Punjab Mental Hospital Lahore 1932-46 - 1932-1946
Year: 1932
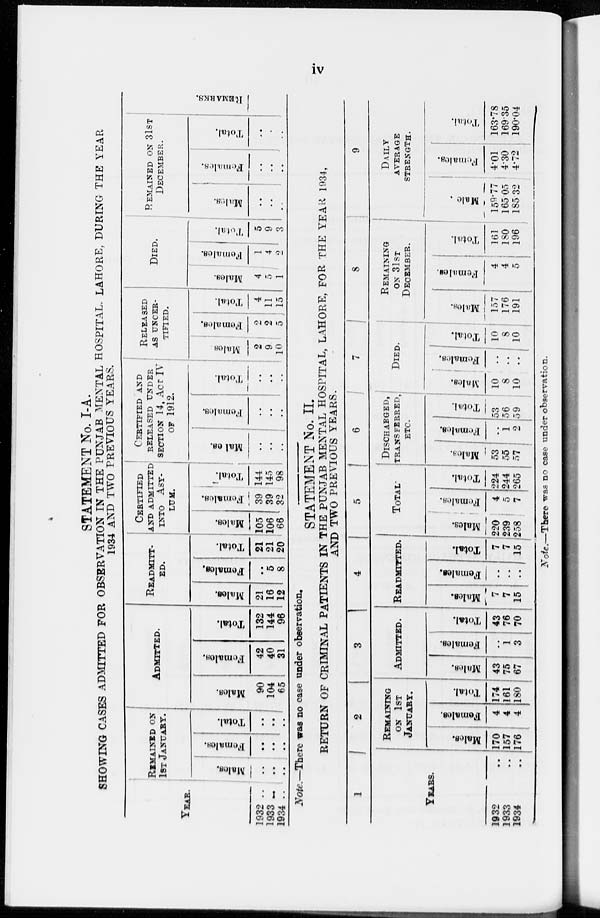
iv
STATEMENT No. I-A.
SHOWING CASES ADMITTED FOR OBSERVATION IN THE PUNJAB MENTAL HOSPITAL. LAHORE. DURING THE YEAR
1934 AND TWO PREVIOUS YEARS.
YEAR.
1932 ..
1933 ..
1934 ..
REMAINED ON
1ST JANUARY.
Males.
..
..
..
Females.
..
..
..
Total.
..
..
..
ADMITTED.
Males.
90
104
65
Females.
42
40
31
Total.
132
144
96
READMITTED-
--.
Males.
21
16
12
Females.
..
5
8
Total.
21
21
20
CERTIFIED
AND ADMITTED
INTO ASY-
LUM.
Males.
105
106
66
Females.
39
39
32
Total.
144
145
98
CERTIFIED AND
RELEASED UNDER
SECTION 14, ACR IV
OF 1912.
Males.
..
..
..
Females.
..
..
..
Total.
..
..
..
RELEASED
AS UNCER-
TIFIED.
Males.
2
9
10
Females.
2
2
5
Total.
4
11
15
DIED.
Males.
4
5
1
Females.
1
4
2
Total.
5
9
3
REMAINED ON 31ST
DECEMBER.
Males.
..
..
..
Females.
..
..
..
Total.
..
..
..
REMARKS.
Note.—There was no case under observation*
STATEMENT No. II.
RETURN OF CRIMINAL PATIENTS IN THE PUNJAB MENTAL HOSPITAL, LAHORE, FOR THE YEAH 1934,
AND TWO PREVIOUS YEARS.
1
YEARS.
1932 ..
1933 ..
1934 ..
2
REMAINING
ON 1ST
JANUARY.
Males.
170
157
176
Females.
4
4
4
Total.
174
161
180
3
ADMITTED.
Males.
43
75
67
Femal es .
..
1
3
Tot al .
43
76
70
4
READMITTED.
Males.
7
7
15
Females.
..
..
..
Total.
7
7
15
5
TOTAL.
Males.
220
239
258
Femal es .
4
5
7
Tot al .
224
244
265
6
DISCHARGED,
TRANSFERRED
ETC.
Mal es .
53
55
57
Femal es .
..
1
2
Tot al .
53
56
59
7
DIED.
Males.
10
8
10
Females.
..
..
..
Total.
10
8
10
8
REMAINING
ON 31ST
DECEMBER.
Males.
157
176
191
Females.
4
4
5
Total.
161
180
196
9
DAILY
AVERAGE
STRENGTH.
Males.
159.77
165.05
185.32
Females.
4.01
4.30
4.72
Total.
163.78
169.35
190.04
Note.—There
was no case under observation.